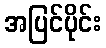
အပြင်ပိုင်း